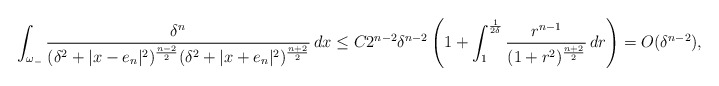
\begin{align*}\int_{\omega_-} \frac{\delta^{n}}{(\delta^2+|x-e_n|^2)^{\frac{n-2}{2}}(\delta^2+|x+e_n|^2)^{\frac{n+2}{2}}}\, dx\leq C2^{n-2}\delta^{n-2}\left(1+\int_1^{\frac{1}{2\delta}} \frac{r^{n-1}}{(1+r^2)^\frac{n+2}{2}}\, dr\right)=O(\delta^{n-2}),\end{align*}